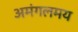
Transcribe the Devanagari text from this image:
अमंगलमय